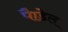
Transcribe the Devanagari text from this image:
पैाडेल